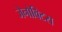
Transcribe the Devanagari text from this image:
जेनोविटस